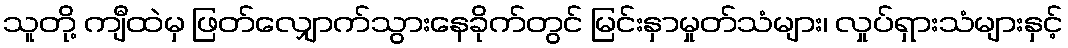
သူတို့ ကျီထဲမှ ဖြတ်လျှောက်သွားနေခိုက်တွင် မြင်းနှာမှုတ်သံများ၊ လှုပ်ရှားသံများနှင့်